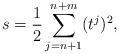
\begin{align*}s=\frac{1}{2}\sum_{j=n+1}^{n+m}(t^j)^2,\end{align*}